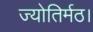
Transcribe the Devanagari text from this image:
ज्योतिर्मठ।